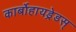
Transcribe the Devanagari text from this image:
कार्बोहायड्रेडस्